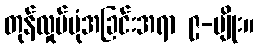
တုန်လှုပ်ပုံအခြင်းအရာ ၉-မျိုး။